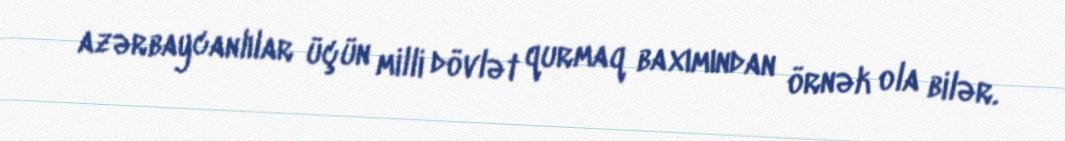
azərbaycanlılar üçün milli dövlət qurmaq baxımından örnək ola bilər.